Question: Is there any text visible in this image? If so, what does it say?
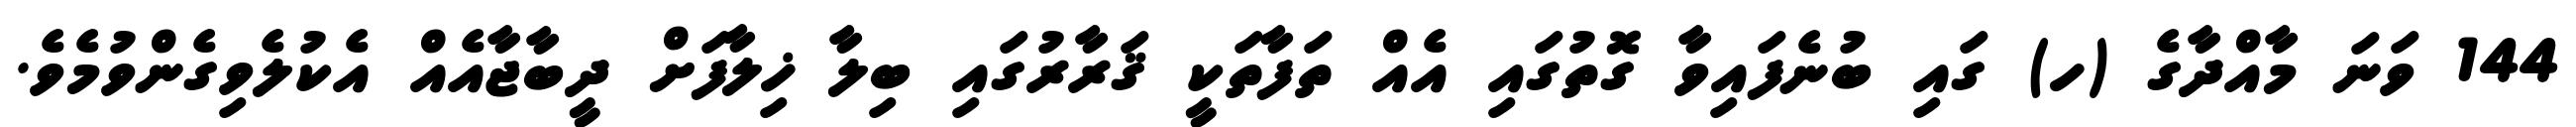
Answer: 144 ވަނަ މާއްދާގެ (ހ) ގައި ބުނެފައިވާ ގޮތުގައި އެއް ތަފާތަކީ ޤަރާރުގައި ބިލާ ޚިލާފަށް ދީބާޖާއެއް އެކުލެވިގެންވުމެވެ.